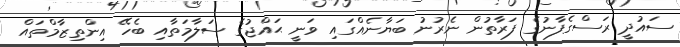
ސައުދީ ރަސްގެފާނުގެ ފަރާތުން ނެރުނު ބަޔާނެއްގައި ވަނީ ޙައްޖުގެ ސަލާމަތާއި ބެހޭ އިންތިޒާމްތައް